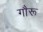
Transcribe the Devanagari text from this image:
गौरू